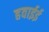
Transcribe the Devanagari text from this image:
हवाईई